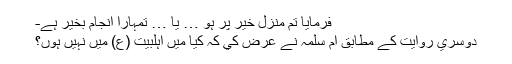
فرمايا تم منزل خير پر ہو … يا … تمہارا انجام بخير ہے-
دوسري روايت کے مطابق ام سلمہ نے عرض کي کہ کيا ميں اہلبيت (ع) ميں نہيں ہوں؟